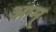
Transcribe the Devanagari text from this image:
आम्